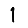
Digit: 1